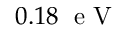
0 . 1 8 \; \mathrm { ~ e ~ V ~ }